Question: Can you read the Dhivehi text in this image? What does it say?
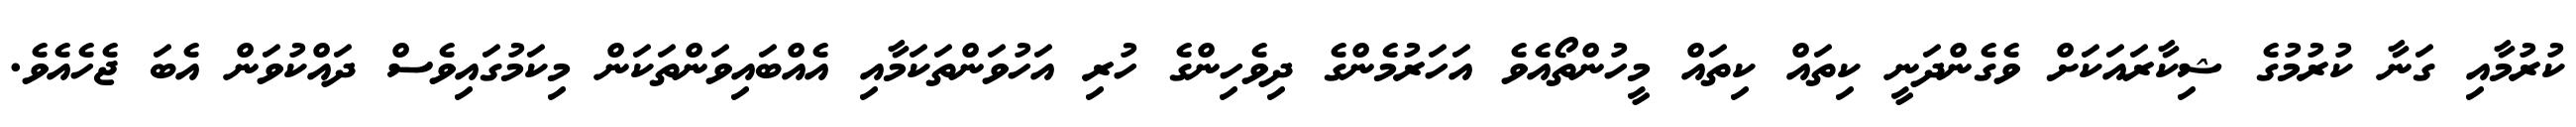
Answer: ކުރުމާއި ގަނާ ކުރުމުގެ ޝިކާރައަކަށް ވެގެންދަނީ ކިތައް ކިތައް މީހުންތޯއެވެ އަހަރުމެންގެ ދިވެހިންގެ ހުރި އަހުވަންތަކަމާއި އެއްބައިވަންތަކަން މިކަމުގައިވެސް ދައްކުވަން އެބަ ޖެހެއެވެ.